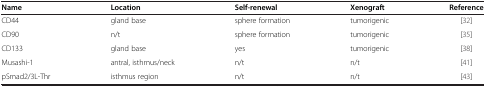
<table><thead><tr><td><b>Name</b></td><td><b>Location</b></td><td><b>Self-renewal</b></td><td><b>Xenograft</b></td><td><b>Reference</b></td></tr></thead><tbody><tr><td>CD44</td><td>gland base</td><td>sphere formation</td><td>tumorigenic</td><td>[32]</td></tr><tr><td>CD90</td><td>n/t</td><td>sphere formation</td><td>tumorigenic</td><td>[35]</td></tr><tr><td>CD133</td><td>gland base</td><td>yes</td><td>tumorigenic</td><td>[38]</td></tr><tr><td>Musashi-1</td><td>antral, isthmus/neck</td><td>n/t</td><td>n/t</td><td>[41]</td></tr><tr><td>pSmad2/3L-Thr</td><td>isthmus region</td><td>n/t</td><td>n/t</td><td>[43]</td></tr></tbody></table>